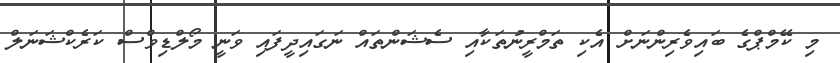
މި ކޭމްޕްގެ ބައިވެރިންނަށް އެކި ތަމްރީނުތަކާއި ސެޝަންތައް ނަގައިދީފައި ވަނީ މޯލްޑިވްސް ކަރެކްޝަނަލް